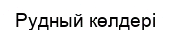
Рудный көлдері